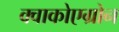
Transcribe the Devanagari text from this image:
क्वाकोएग्रोन